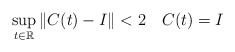
\begin{align*}\sup_{t\in {\mathbb R} } \|C(t) - I\| < 2 \quad C(t) = I\end{align*}